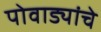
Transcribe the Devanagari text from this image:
पोवाड्यांचेे